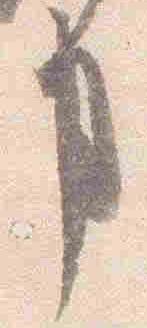
事